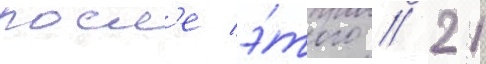
посл'е э́того / 21